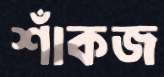
শাঁকজ